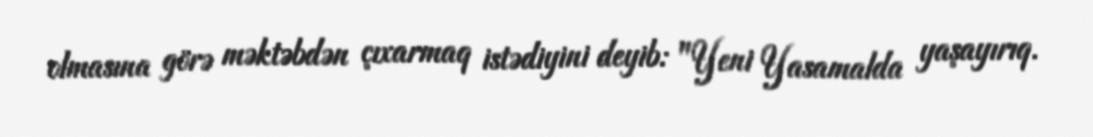
olmasına görə məktəbdən çıxarmaq istədiyini deyib: "Yeni Yasamalda yaşayırıq.